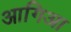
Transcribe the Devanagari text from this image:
आगिआ